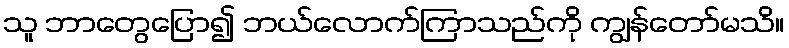
သူ ဘာတွေပြော၍ ဘယ်လောက်ကြာသည်ကို ကျွန်တော်မသိ။